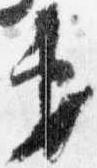
第